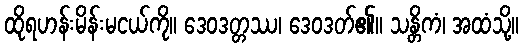
ထိုရဟန်းမိန်းမငယ်ကို။ ဒေဝဒတ္တဿ၊ ဒေဝဒတ်၏။ သန္တိကံ၊ အထံသို့။